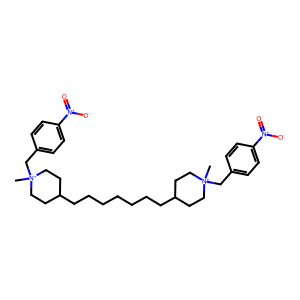
SMILES: C[N+]1(Cc2ccc([N+](=O)[O-])cc2)CCC(CCCCCCCC2CC[N+](C)(Cc3ccc([N+](=O)[O-])cc3)CC2)CC1
Inhibits HIV replication: No